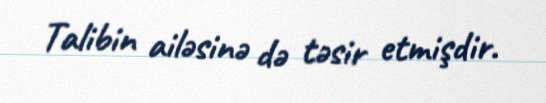
Talibin ailəsinə də təsir etmişdir.